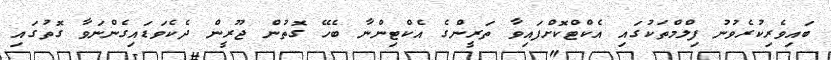
ބައިވެރިކުރެވުނު ފިލްމްތަކުގައި އެކްޓްކޮށްފައިވާ ތަރީންގެ އެކްޓިންނާ ބެހޭ ގޮތުން ޖޫރީން ދެކެވަޑައިގެންނަވާ ގޮތުގައި